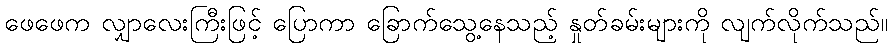
ဖေဖေက လျှာလေးကြီးဖြင့် ပြောကာ ခြောက်သွေ့နေသည့် နှုတ်ခမ်းများကို လျက်လိုက်သည်။